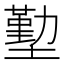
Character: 𭏶